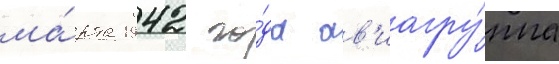
ма́рта 1942 го́да ав'иагру́ппа